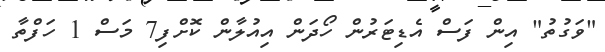
"ވަގުތު" އިން ފަސް އެޑިޓަރުން ހޯދަން އިއުލާން ކޮށްފި7 މަސް 1 ހަފްތާ